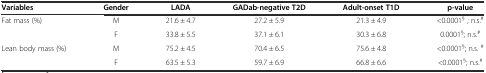
| Variables | Gender | LADA | GADab-negative T2D | Adult-onset T1D | p-value |
 | --- | --- | --- | --- | --- | --- |
 | <ROWSPAN=2> Fat mass (%) | M | 21.6 ± 4.7 | 27.2 ± 5.9 | 21.3 ± 4.9 | <0.0001§ ; n.s.# |
 | F | 33.8 ± 5.5 | 37.1 ± 6.1 | 30.3 ± 6.8 | 0.0001§; n.s.# |
 | Lean body mass (%) | M | 75.2 ± 4.5 | 70.4 ± 6.5 | 75.6 ± 4.8 | <0.0001§; n.s. # |
 |  | F | 63.5 ± 5.3 | 59.7 ± 6.9 | 66.8 ± 6.6 | <0.0001§; n.s.# |